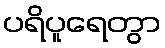
ပရိပူရေတွာ